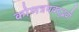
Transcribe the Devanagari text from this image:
कोणत्रयवदुद्भवी